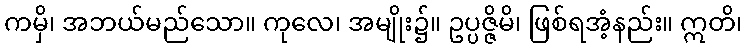
ကမှိ၊ အဘယ်မည်သော။ ကုလေ၊ အမျိုး၌။ ဥပ္ပဇ္ဇိမိ၊ ဖြစ်ရအံ့နည်း။ ဣတိ၊